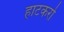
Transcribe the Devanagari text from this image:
हाटकर्रा